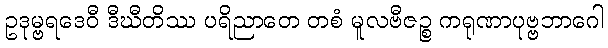
ဥဒုမ္ဗရဒေဝီ ဒီဃီတိဿ ပရိညာတေ တစံ မူလဗီဇဉ္စ ကရုဏာပုဗ္ဗဘာဂေါ